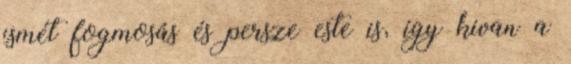
ismét fogmosás és persze este is, így kivan a